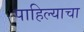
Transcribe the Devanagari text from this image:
पाहिल्याचा